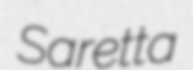
Saretta